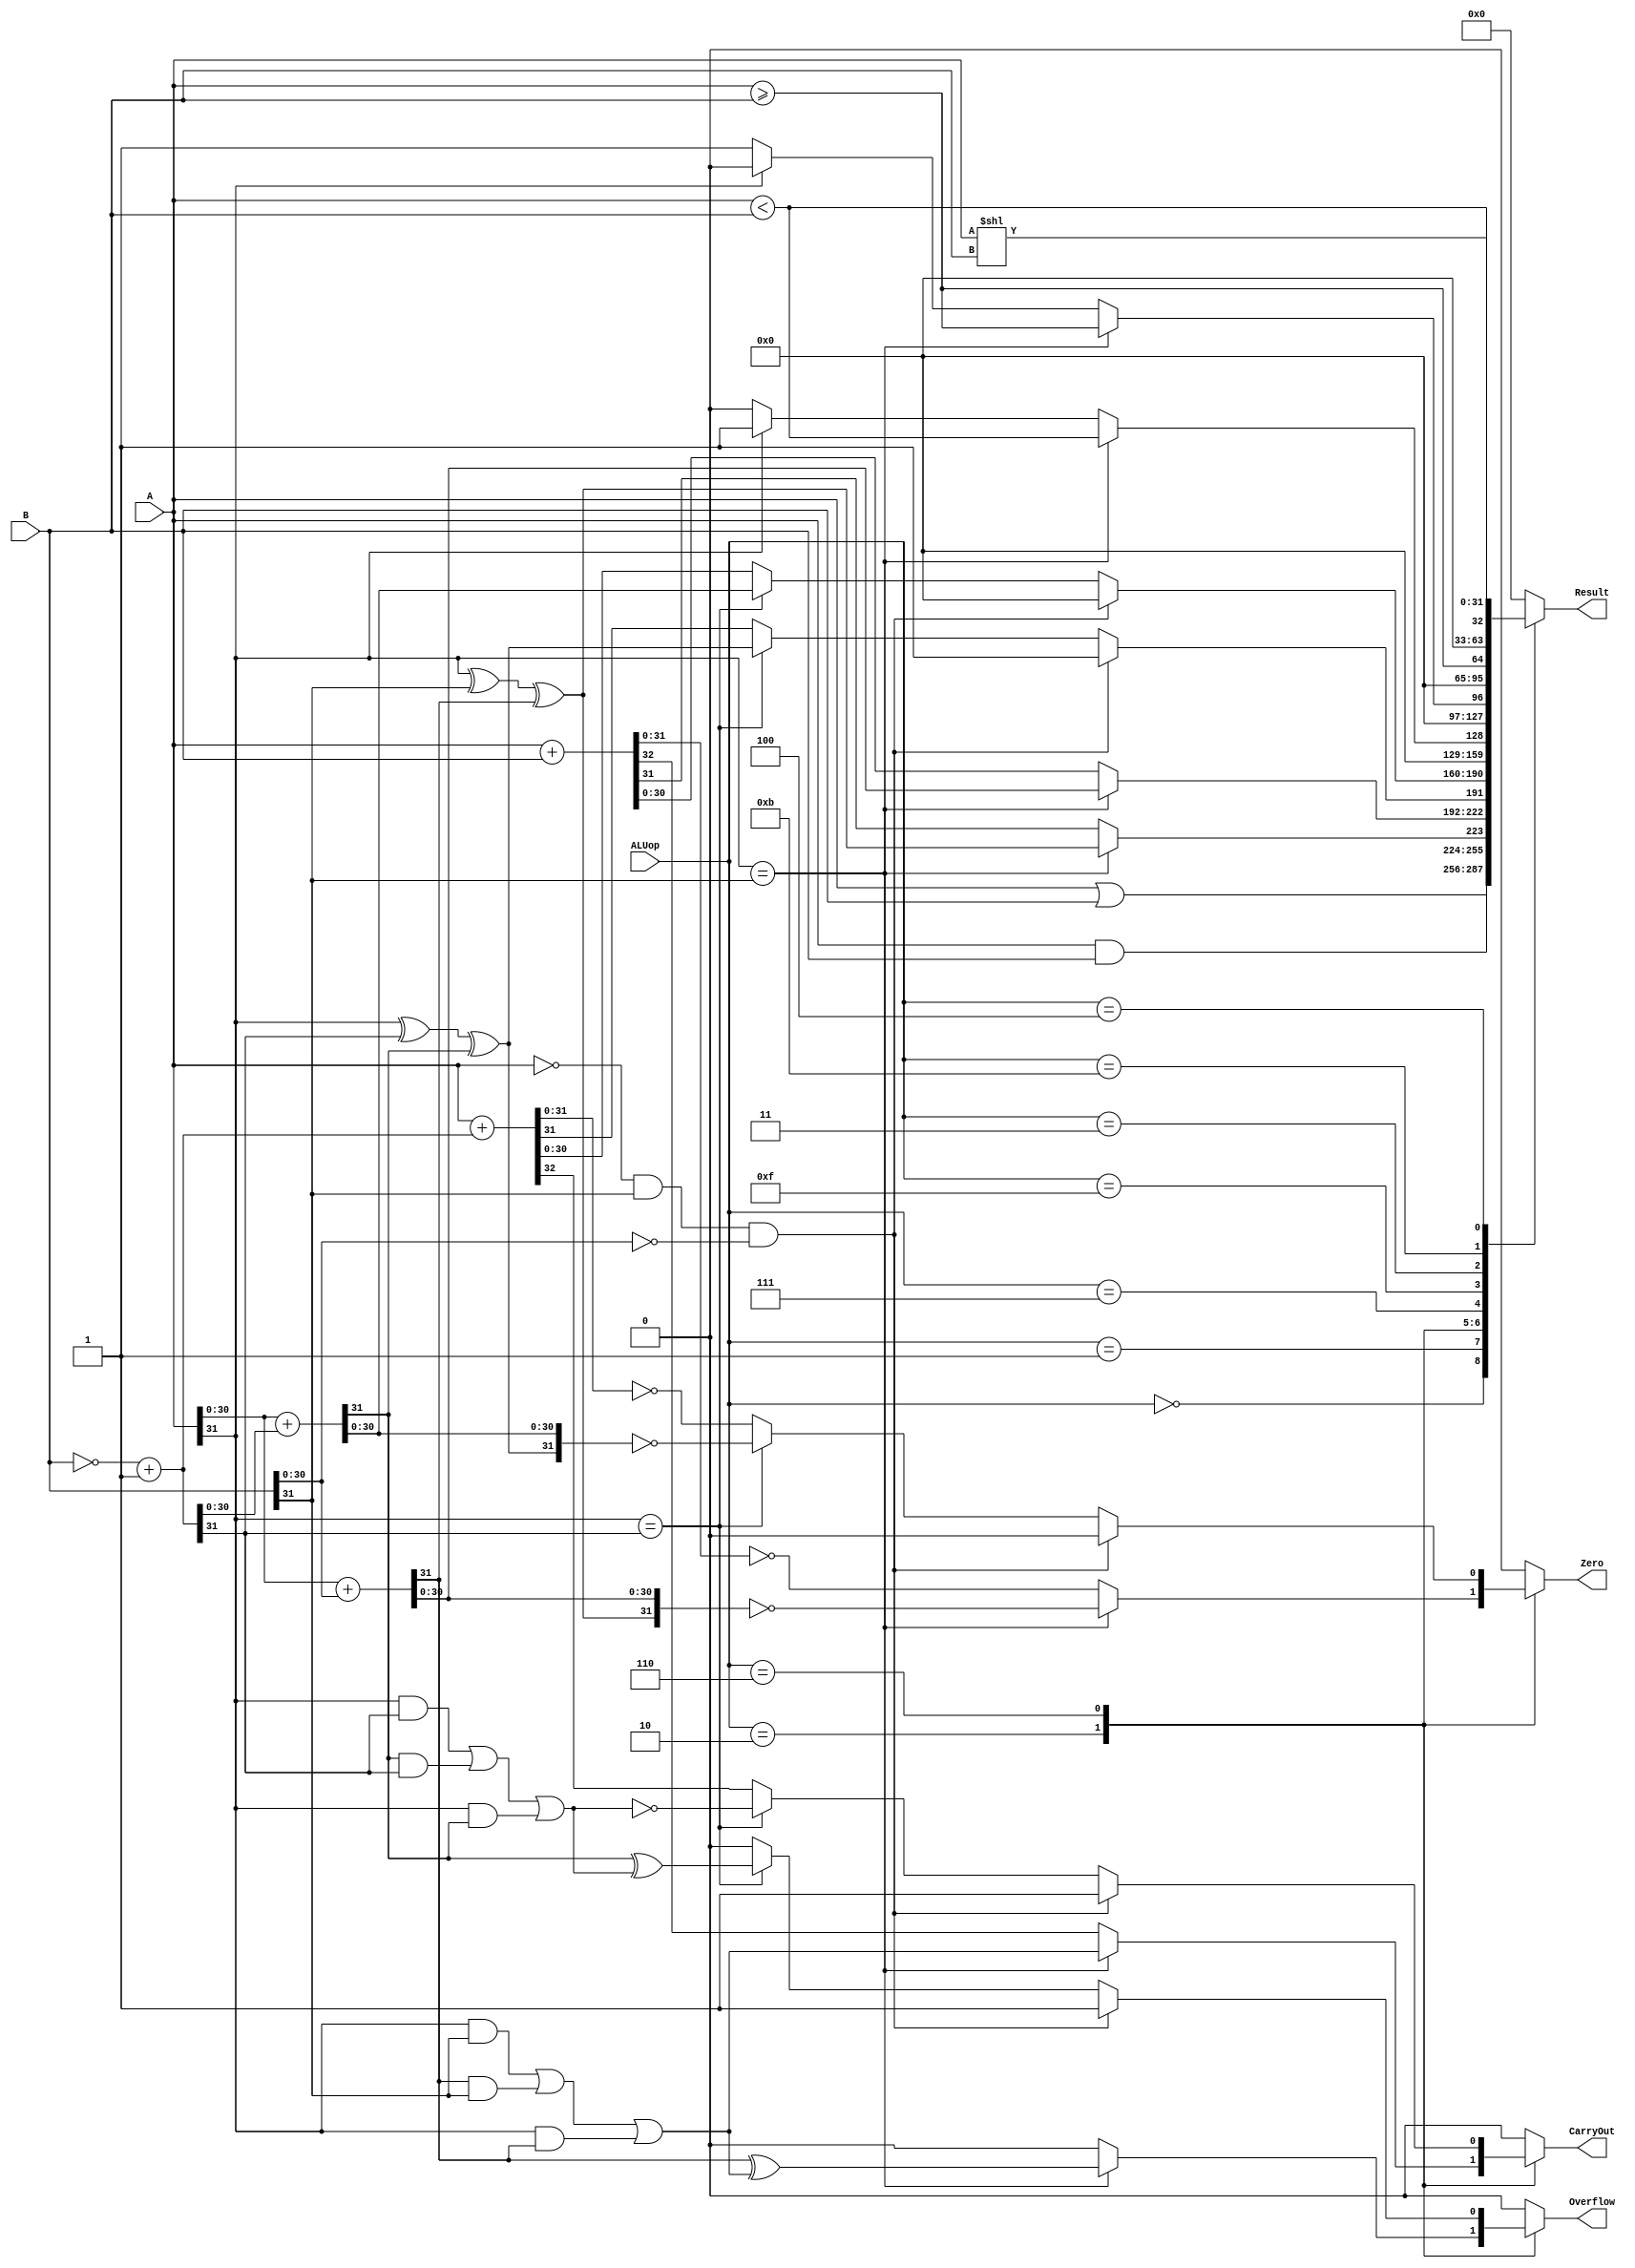

module alu(
	input [31:0] A,
	input [31:0] B,
	input [3:0] ALUop,

	output reg Overflow,
	output reg CarryOut,
	output reg Zero,
	output reg [31:0] Result
	);

	// carry
	reg CarryIn;
	reg [31:0] B_c;

	always @( * ) begin
		case(ALUop)
			// AND
			4'b0000:begin
				Result = A & B;
				Overflow = 1'b0;
				CarryOut = 1'b0;
				Zero = 1'b0;
			end

			// OR
			4'b0001:begin
				Result = A | B;
				Overflow = 1'b0;
				CarryOut = 1'b0;
				Zero = 1'b0;
			end


			// need to be optimized
			// ADD
			4'b0010:begin
				if (A[31] == B[31]) begin
					{CarryIn, Result[30:0]} = A[30:0] + B[30:0];
					Result[31] = ((A[31] ^ B[31]) ^ CarryIn);
                    CarryOut = ((A[31] & B[31]) | (CarryIn & B[31]) | (A[31] & CarryIn));
                    Overflow = CarryIn ^ CarryOut;
                    Zero = (Result == 31'd0);
				end
				else begin
					Overflow = 0;
					{CarryOut, Result} = A + B;
					Zero = (Result == 31'd0);
				end
			end

			// SUB
			4'b0110:begin
				B_c = ~B + 1;
				if( A==31'd0 && B[31]==1 && B[30:0]==31'd0)begin
					Overflow = 1'b1;
					CarryOut = 1'b1;
					Zero = 1'b0;
					Result[31] = 1'b1;
					Result[30:0] = 31'd0;
				end
				else if (A[31]==B_c[31]) begin
				    {CarryIn, Result[30:0]} = (A[30:0]+B_c[30:0]);
				    Result[31] = ((A[31] ^ B_c[31]) ^ CarryIn);
				    CarryOut = ~((A[31] & B_c[31])|(CarryIn & B_c[31])|(A[31] & CarryIn));
				    Overflow = CarryIn ^ (~CarryOut);
				    Zero = (Result == 32'd0);
				end else begin
				    Overflow = 0;
				    {CarryOut, Result} = (A+B_c);
				    Zero = (Result == 32'd0);
				end
			end

			// SLT signed
			4'b0111:begin
				if (A[31]==B[31]) begin
				    Result = (A[31:0]<B[31:0]);
				end else begin
				    if(A[31]==0) Result = 32'd0;
				    else Result = 32'd1;
				end
				Overflow = 0;
				CarryOut = 0;
				Zero = 0;
			end

			// SGE signed
			4'b1111:begin
				if (A[31]==B[31]) begin
				    Result = (A[31:0]>=B[31:0]);
				end else begin
				    if(A[31]==0) Result = 32'd1;
				    else Result = 32'd0;
				end
				Overflow = 0;
				CarryOut = 0;
				Zero = 0;
			end


			// SGEU unsigned
			4'b0011: begin
			        Result = (A[31:0]>=B[31:0]);
			        Overflow = 0;
			        CarryOut = 0;
			        Zero = 0;
			    end

			// SLTU unsigned
			4'b1011: begin
					Result = (A[31:0]<B[31:0]);
					Overflow = 0;
					CarryOut = 0;
					Zero = 0;
				end


			// SLL
			4'b0100: begin
			        Result = A << B;
			        Overflow = 0;
			        CarryOut = 0;
			        Zero = 0;
			    end


			default:begin
				Result = 32'd0;
				Overflow = 1'b0;
				CarryOut = 1'b0;
				Zero = 1'b0;
			end

		endcase
	end

endmodule